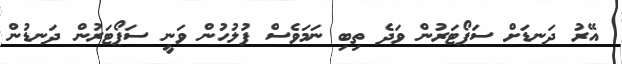
އޭރު ދަނޑަށް ސަޕޯޓަރުން ވަދެ ތިބި ނަމަވެސް ފުލުހުން ވަނީ ސަޕޯޓަރުން ދަނޑުން